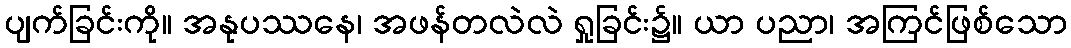
ပျက်ခြင်းကို။ အနုပဿနေ၊ အဖန်တလဲလဲ ရှုခြင်း၌။ ယာ ပညာ၊ အကြင်ဖြစ်သော